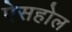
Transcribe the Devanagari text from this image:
ऐसहोल